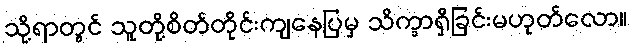
သို့ရာတွင် သူတို့စိတ်တိုင်းကျနေပြမှ သိက္ခာရှိခြင်းမဟုတ်လော။